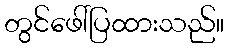
တွင်ဖေါ်ပြထားသည်။